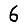
Digit: 6